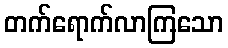
တက်ရောက်လာကြသော